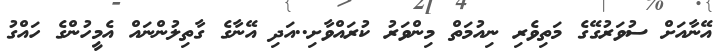
އޭނާއަށް ސުވަރުގޭގެ މަތިވެރި ނިއުމަތް މިންވަރު ކުރައްވާށި..އަދި އޭނާގެ ގާތިލުންނައް އެމީހުންގެ ހައްގު